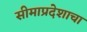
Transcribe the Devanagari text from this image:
सीमाप्रदेशाचा